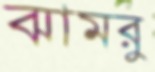
ঝামরু